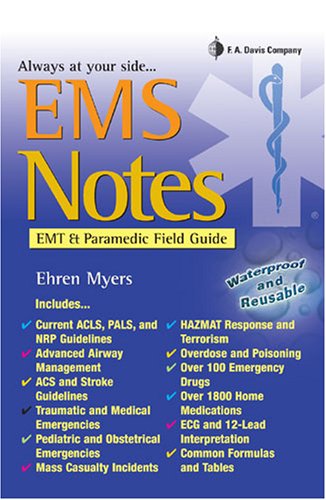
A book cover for EMS NOTES: EMT & Paramedic Field Guide (Davis's Notes); Ehren Myers RN; Medical Books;